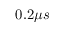
0 . 2 \mu s